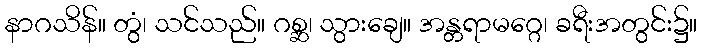
နာဂသိန်။ တွံ၊ သင်သည်။ ဂစ္ဆ၊ သွားချေ။ အန္တရာမဂ္ဂေ၊ ခရီးအတွင်း၌။